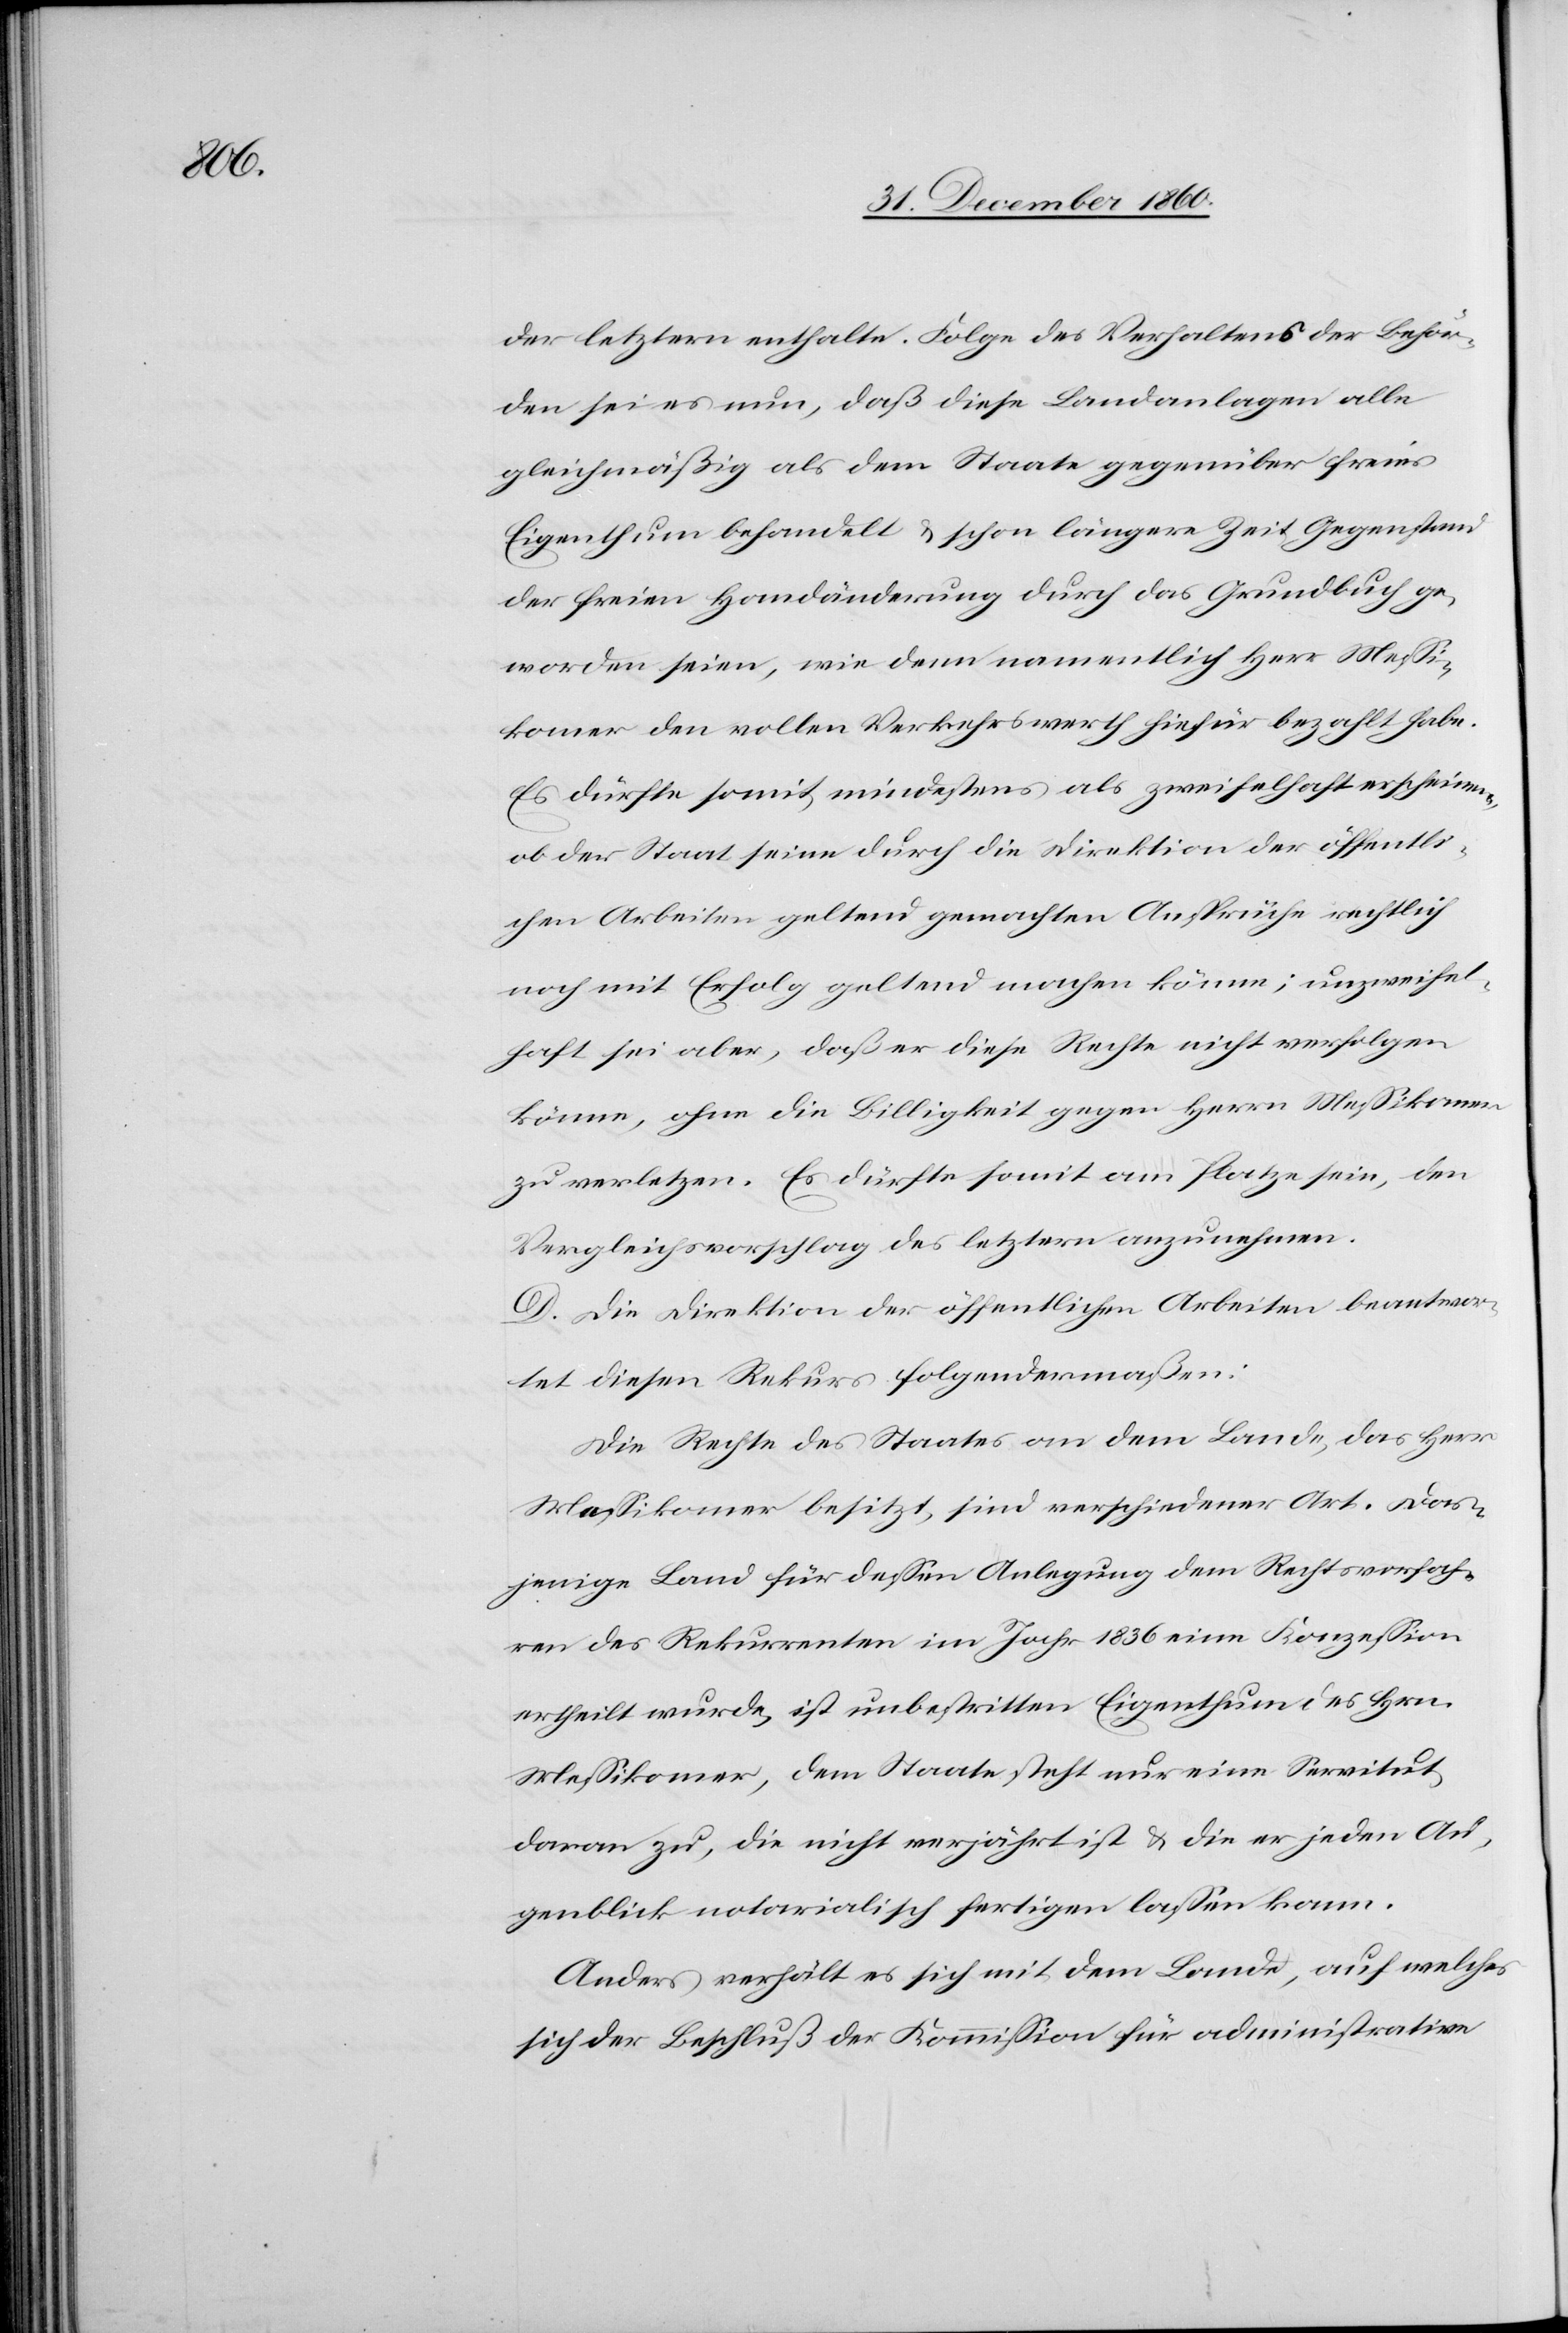
der letztern enthalte. Folge des Verhaltens der Behör¬
den sei es nun, daß diese Landanlagen alle
gleichmäßig als dem Staate gegenüber freies
Eigenthum behandelt u. schon längere Zeit Gegenstand
der freien Handänderung durch das Grundbuch ge¬
worden seien, wie denn namentlich Herr Messi¬
komer den vollen Verkehrswerth hiefür bezahlt habe.
Es dürfte somit mindestens als zweifelhaft erscheinen,
ob der Staat eine durch die Direktion der öffentli¬
chen Arbeiten geltend gemachten Ansprüche rechtlich
noch mit Erfolg geltend machen könne; unzweifel¬
haft sei aber, daß er diese Rechte nicht verfolgen
könne, ohne die Billigkeit gegen Herrn Messikomer
zu verletzen. Es dürfte somit am Platze sein, den
Vergleichsvorschlag des letztern anzunehmen.
D. Die Direktion der öffentlichen Arbeiten beantwor¬
tet diesen Rekurs folgendermaßen:
Die Rechte des Staates an dem Lande, das Herr
Messikomer besitzt, sind verschiedener Art. Das¬
jenige Land für dessen Anlegung dem Rechtsvorfah¬
ren des Rekurrenten im Jahr 1836 eine Konzession
ertheilt wurde, ist unbestritten Eigenthum des Hrn.
Messikomer, dem Staate steht nur eine Servitut
daran zu, die nicht verjährt ist u. die er jeden Au¬
genblick notarialisch fertigen lassen kann.
Anders verhält es sich mit dem Lande, auf welches
sich der Beschluß der Kommission für administrative